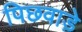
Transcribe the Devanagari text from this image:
पिछवाडे़